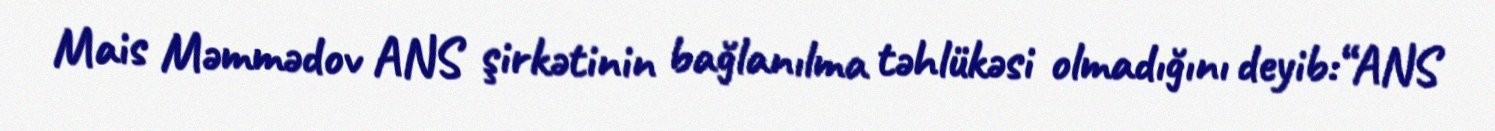
Mais Məmmədov ANS şirkətinin bağlanılma təhlükəsi olmadığını deyib:“ANS